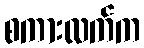
စကားလက်က